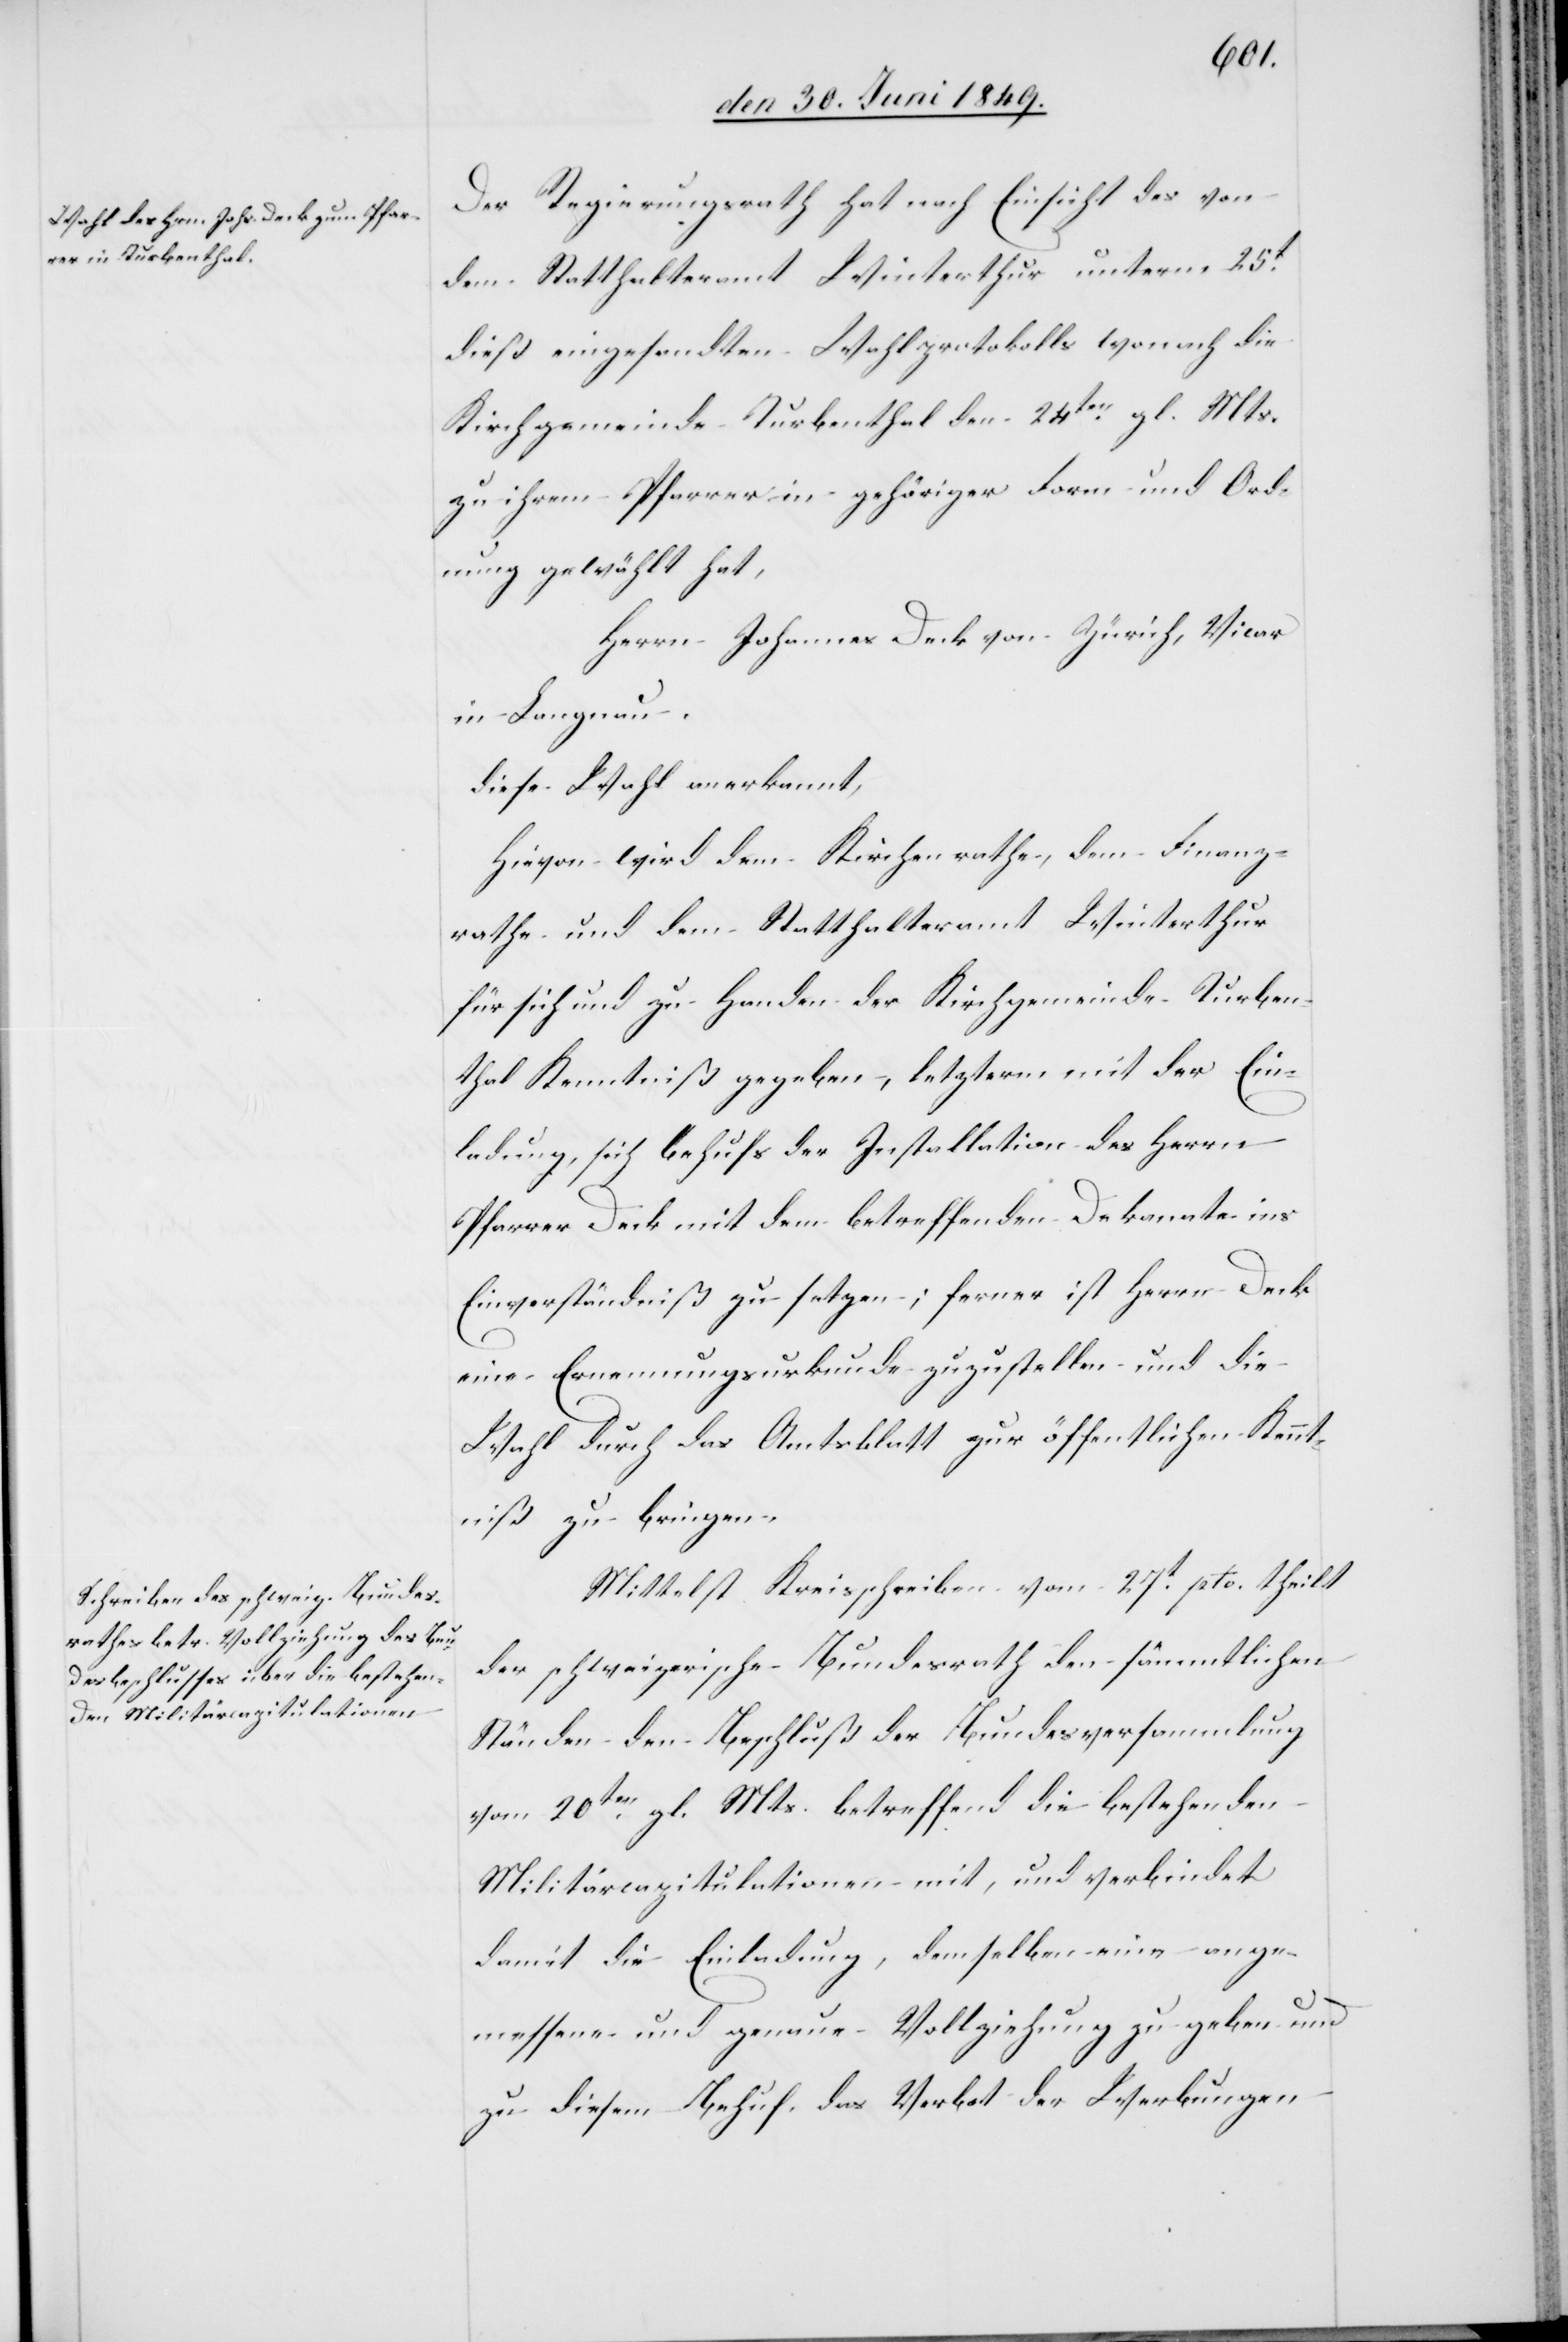
Der Regierungsrath hat nach Einsicht des von
dem Statthalteramt Winterthur unterm 25t
dieß eingesandten Wahlprotokolls wonach die
Kirchgemeinde Turbenthal den 24ten gl. Mts.
zu ihrem Pfarrer in gehöriger Form und Ord¬
nung gewählt hat,
Herrn Johannes Deck von Zürich, Vicar
in Lengnau.
diese Wahl anerkannt,
Hievon wird dem Kirchenrathe, dem Finanz¬
rathe und dem Statthalteramt Winterthur
für sich und zu Handen der Kirchgemeinde Turben¬
thal Kenntniß gegeben, letzterm mit der Ein¬
ladung, sich behufs der Installation des Herrn
Pfarrer Deck mit dem betreffenden Dekanate ins
Einverständniß zu setzen; ferner ist Herrn Deck
eine Ernennungsurkunde zuzustellen und die
Wahl durch das Amtsblatt zur öffentlichen Kennt¬
niß zu bringen.
Mittelst Kreisschreiben vom 27t pto. theilt
der schweizerische Bundesrath den sämmtlichen
Ständen den Beschluß der Bundesversammlung
vom 20ten gl. Mts. betreffend die bestehenden
Militärcapitulationen mit, und verbindet
damit die Einladung, demselben eine ange¬
messene und genaue Vollziehung zu geben und
zu diesem Behuf das Verbot der Werbungen